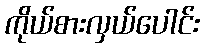
ကိုယ်စားလှယ်ပေါင်း